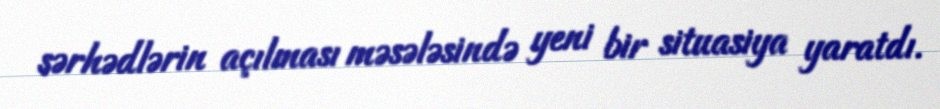
sərhədlərin açılması məsələsində yeni bir situasiya yaratdı.